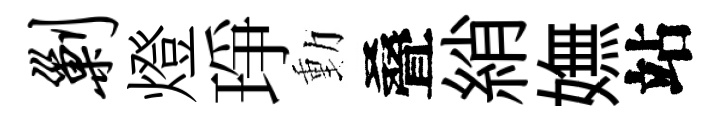
剿燈琤動叠綃嫵站